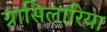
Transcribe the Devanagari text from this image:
ग्रासिलारिया